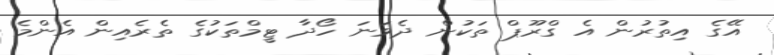
އޭގެ އިތުރުން އެ ގްރޫޕް ތަކުން ދެވަނަ ހޯދާ ޓީމްތަކުގެ ތެރެއިން އެންމެ